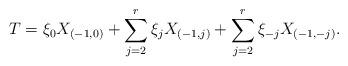
LaTeX: \begin{align*}T=\xi_0X_{(-1,0)}+\sum_{j=2}^r \xi_jX_{(-1,j)} +\sum_{j=2}^r\xi_{-j}X_{(-1,-j)}.\end{align*}